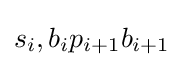
s_{i},b_{i}p_{i+1}b_{i+1}